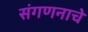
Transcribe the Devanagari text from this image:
संगणनाचे